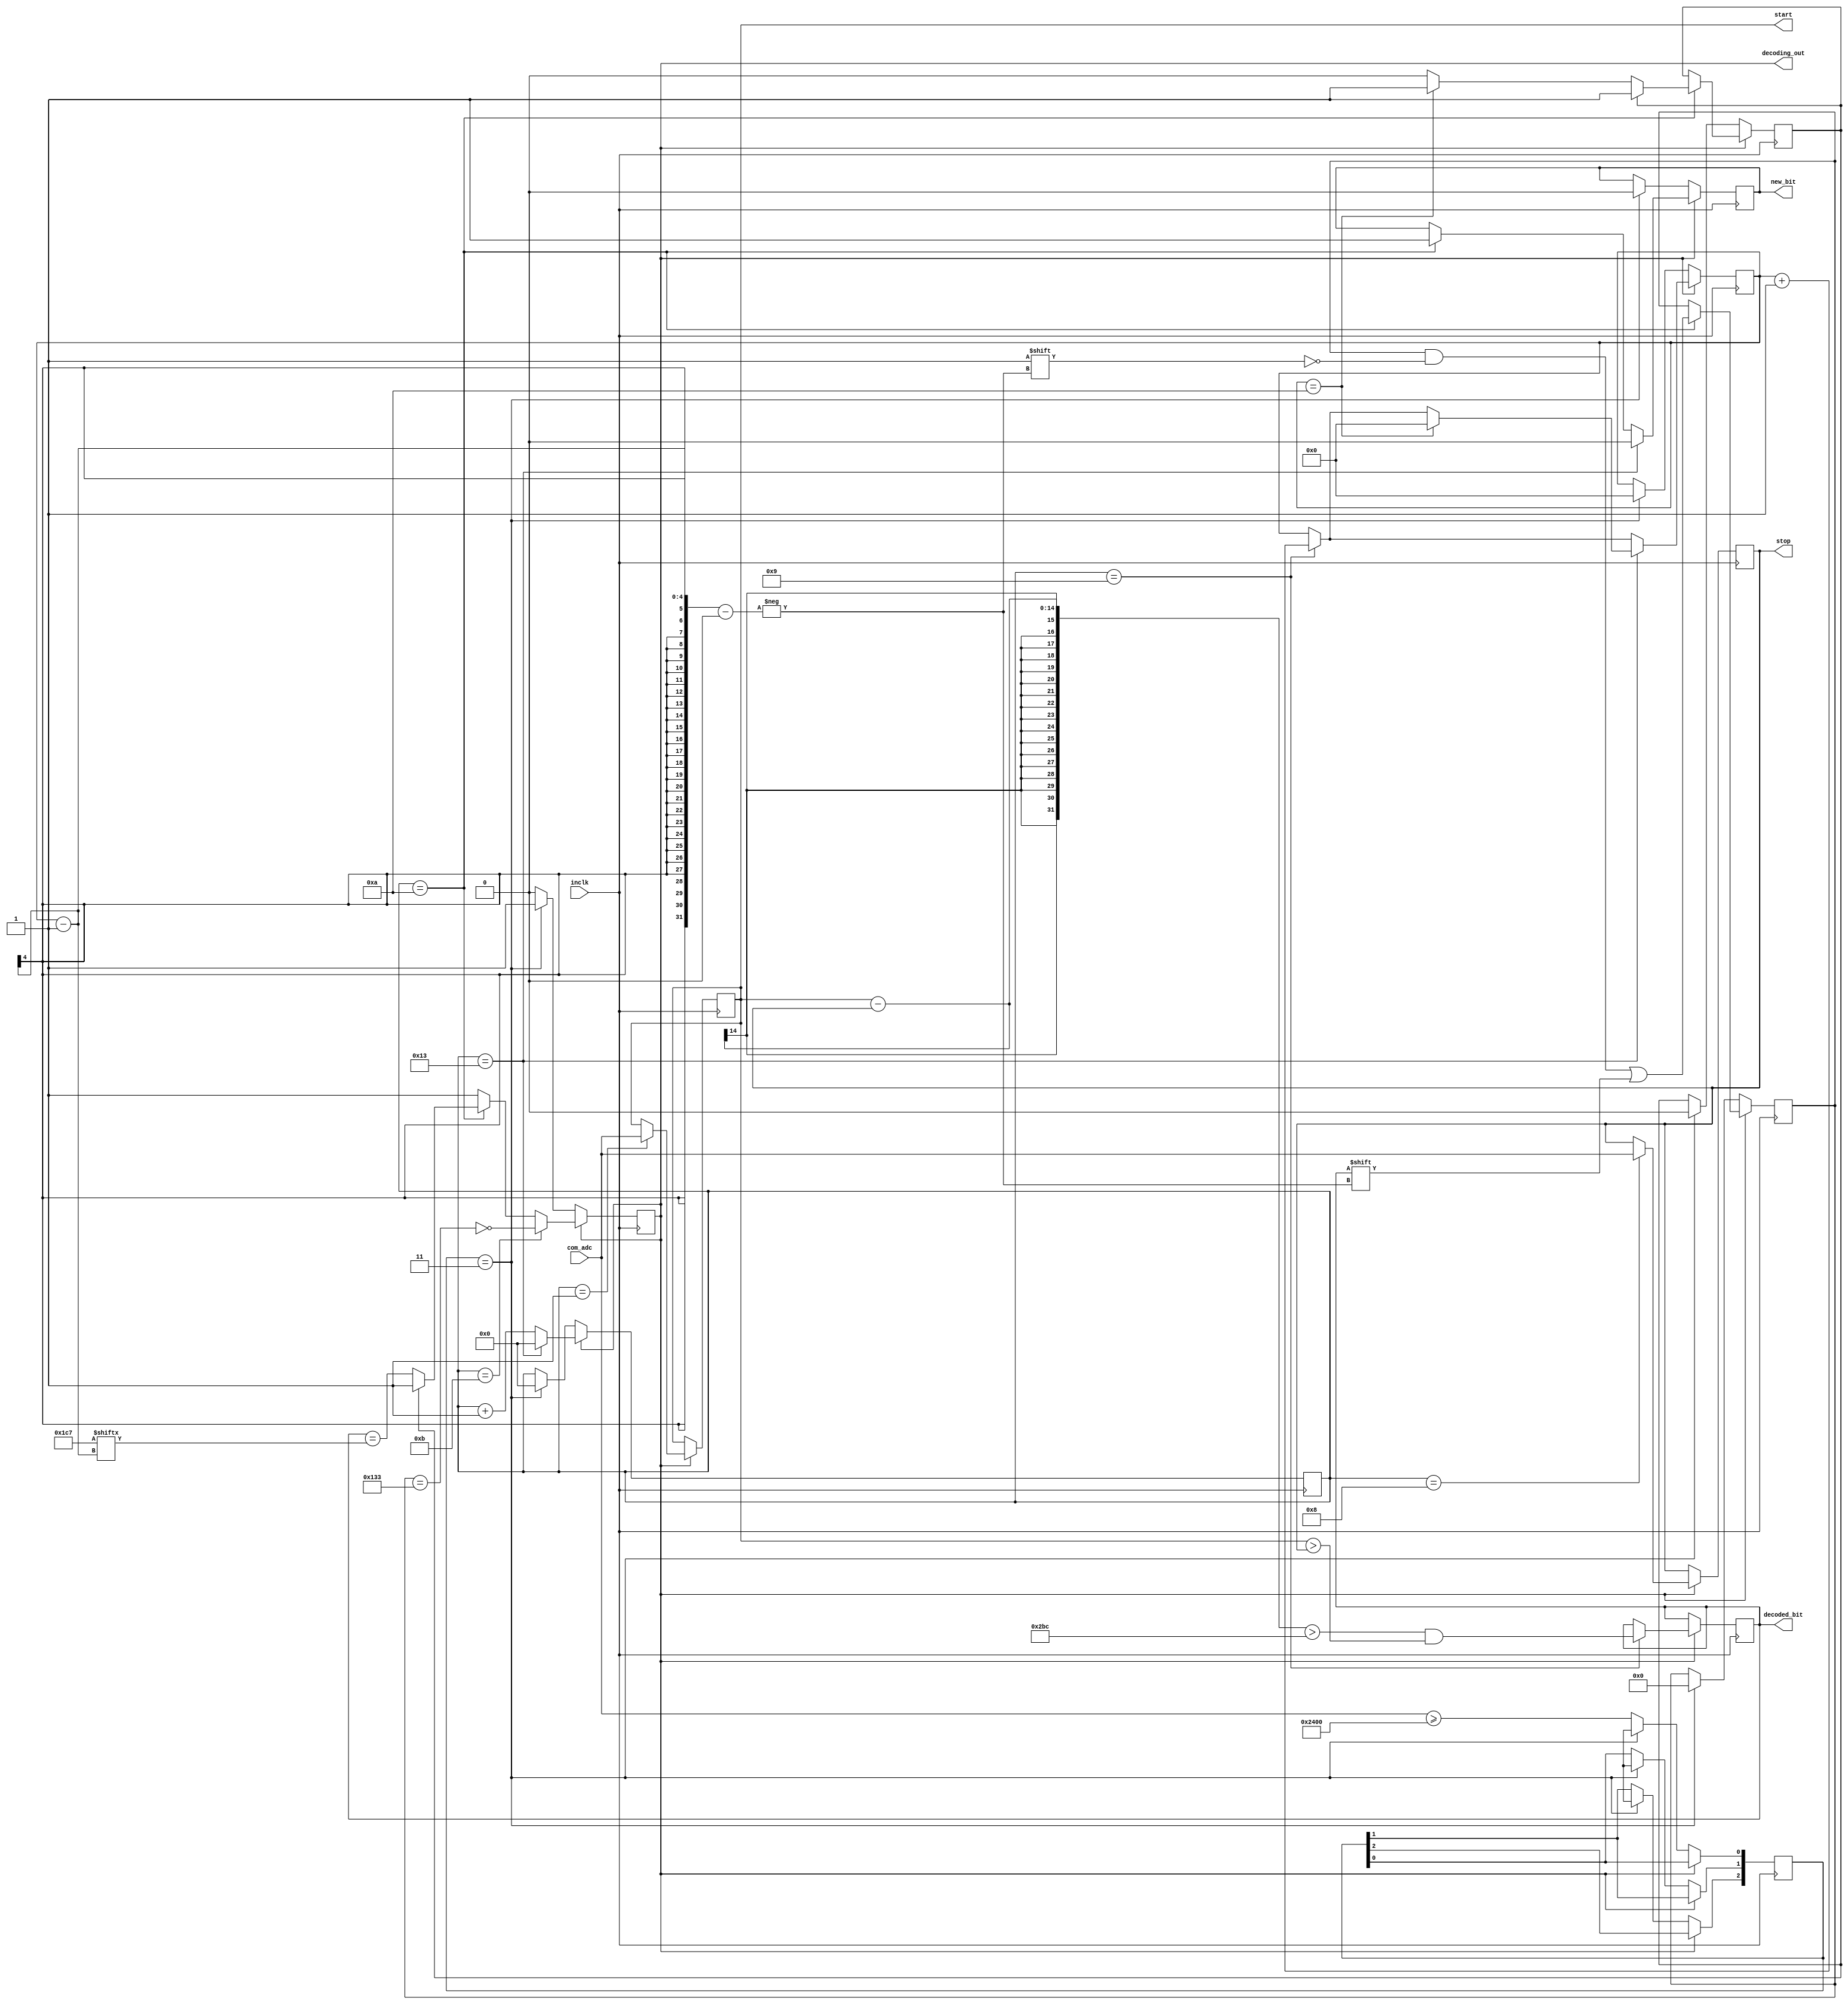
//ty@wisc.edu
//Start-frame detector

`timescale 1ns / 100ps

module bit_decoder(inclk, com_adc, new_bit, decoded_bit, decoding_out, start, stop);
	output[13:0] start, stop;
	reg[13:0] com_adc_start, com_adc_stop;
	assign start = com_adc_start;
	assign stop = com_adc_stop;
	
	input inclk;
	input[13:0] com_adc;
	output new_bit;
	output decoded_bit;
	output decoding_out;
	reg decoding = 0;
	assign decoding_out = decoding;
	reg new_bit_clk;
	assign new_bit = new_bit_clk;
	reg bit_received;
	assign decoded_bit = bit_received;
	
	localparam trig_threshold = 9216; //com_adc threshold
	localparam slope_threshold = 700; //From data: falling slope is ~1000 in 7 inclk. This number decides whether the bit is a 1 or 0
	reg[9:0] start_byte = 10'b0111000111;
	reg[9:0] stop_byte = 10'b0100110011;
	reg[9:0] current_byte;
	reg[2:0] trig_finder;
	reg[3:0] current_bit_number;
	reg[4:0] decoder_time_counter;
	reg start_byte_detected;
	wire stop_byte_detected;
	assign stop_byte_detected = (current_byte==stop_byte);
	
	always@(posedge inclk)
	begin
		if(~decoding)
			begin
			trig_finder[2] <= trig_finder[1];
			trig_finder[1] <= trig_finder[0];
			trig_finder[0] <= (com_adc >= trig_threshold);
			if(trig_finder == 3'b011)
				begin
				decoding <= 1;	//If positive edge trigger is detected, decoder is turned on.
				start_byte_detected <= 0;
				decoder_time_counter <= 0;
				new_bit_clk <=0;
				current_bit_number <=0;
				trig_finder <= 3'bxxx;
				current_byte <= 10'b0000000000;
				end
			end
		else //The decoding machine
			begin
			decoder_time_counter <= decoder_time_counter + 1;
			if(decoder_time_counter == 1) com_adc_start <= com_adc;
			if(decoder_time_counter == 8) com_adc_stop <= com_adc;
			if(decoder_time_counter == 9)
				begin
				bit_received <= ((com_adc_start - com_adc_stop) > slope_threshold)&&(com_adc_start > com_adc_stop);
				current_bit_number <= current_bit_number + 1;
				end
			if(decoder_time_counter == 10)
				begin
				new_bit_clk <= 1;
				if(~start_byte_detected) //Start-byte test
					begin
					decoding <= (bit_received == start_byte[current_bit_number-1]);
					if(current_bit_number == 10) start_byte_detected <= 1;
					end
				current_byte[current_bit_number-1] = bit_received;
				end
			if(decoder_time_counter == 11) decoding <= ~stop_byte_detected; //Stop-byte test
			if(decoder_time_counter == 19)
				begin
				new_bit_clk <= 0;
				if(current_bit_number==10) current_bit_number <= 0;
				decoder_time_counter <= 0; //Reset decoder_time_counter after 20 inclk ticks
				end
			end
	end
endmodule